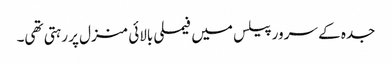
جدہ کے سرور پیلس میں فیملی بالائی منزل پر رہتی تھی۔